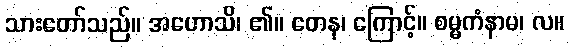
သားတော်သည်။ အဟောသိ၊ ၏။ တေန၊ ကြောင့်။ စမ္မကံနာမ၊ လ။